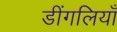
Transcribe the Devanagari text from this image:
डींगलियाँ